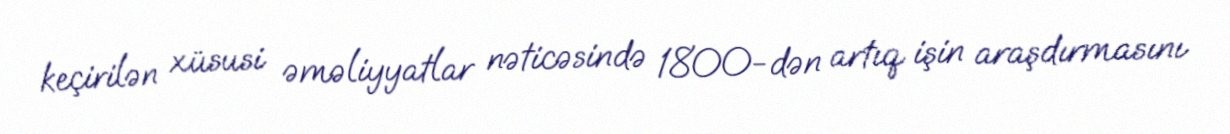
keçirilən xüsusi əməliyyatlar nəticəsində 1800-dən artıq işin araşdırmasını